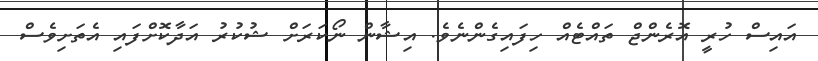
އައިސް ހުރީ އޮރެންޖް ތައްޓެއް ހިފައިގެންނެވެ. އިޝާން ނޯކަރަށް ޝުކުރު އަދާކޮށްފައި އެތަށިވެސް